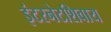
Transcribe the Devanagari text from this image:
इंटरनेटशिवाय